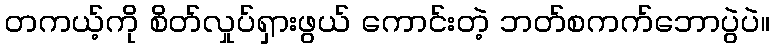
တကယ့်ကို စိတ်လှုပ်ရှားဖွယ် ကောင်းတဲ့ ဘတ်စကက်ဘောပွဲပဲ။